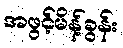
အဖွင့်မိန့်ခွန်း